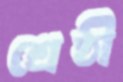
শ্রেষ্ঠী